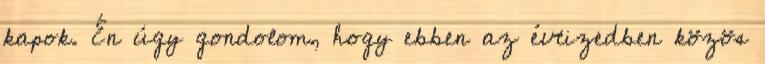
kapok. Én úgy gondolom, hogy ebben az évtizedben közös